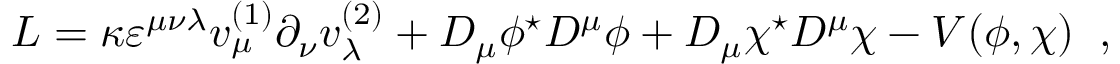
L = \kappa \varepsilon ^ { \mu \nu \lambda } v _ { \mu } ^ { ( 1 ) } \partial _ { \nu } v _ { \lambda } ^ { ( 2 ) } + D _ { \mu } \phi ^ { \star } D ^ { \mu } \phi + D _ { \mu } \chi ^ { \star } D ^ { \mu } \chi - V ( \phi , \chi ) \; \; ,